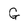
Character: G